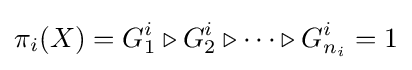
\pi _{i}(X)=G_{1}^{i}\triangleright G_{2}^{i}\triangleright \dots \triangleright G_{n_{i}}^{i}=1